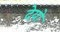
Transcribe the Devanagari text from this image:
देयो